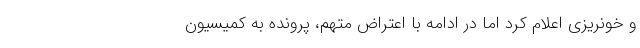
و خونریزی اعلام کرد اما در ادامه با اعتراض متهم، پرونده به کمیسیون